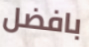
بافضل